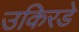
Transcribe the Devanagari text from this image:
उकिरडे